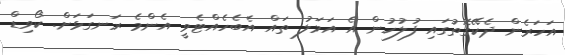
އަހަރެން ދެކޭގޮތުގައި ފުލުހުން އެ އަމަލު ތައް އެބެހެއްޓެވީ އެންމެ ރަނގަޅަށް. ކޯވިޑް